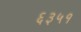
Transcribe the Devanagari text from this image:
६३५१